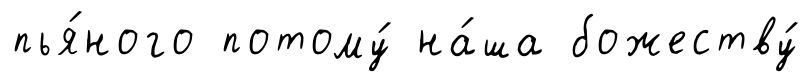
пья́ного потому́ на́ша божеству́